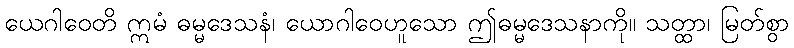
ယေဂါဝေတိ ဣမံ ဓမ္မဒေသနံ၊ ယောဂါဝေဟူသော ဤဓမ္မဒေသနာကို။ သတ္ထာ၊ မြတ်စွာ